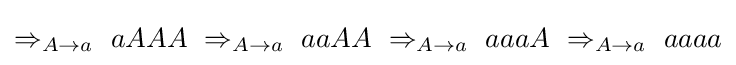
\Rightarrow _{A\to a}\ aAAA\ \Rightarrow _{A\to a}\ aaAA\ \Rightarrow _{A\to a}\ aaaA\ \Rightarrow _{A\to a}\ aaaa